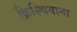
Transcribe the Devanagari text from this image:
क्रिस्चियाना